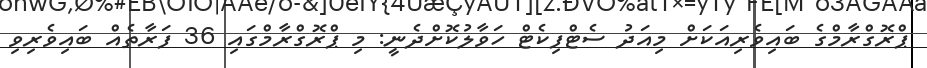
ޕްރޮގްރާމްގެ ބައިވެރިއަކަށް މިއަދު ސެޓްފިކެޓް ހަވާލުކޮށްދެނީ: މި ޕްރޮގްރާމްގައި 36 ފަރާތެއް ބައިވެރިވި